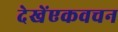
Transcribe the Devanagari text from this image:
देखेंएकवचन